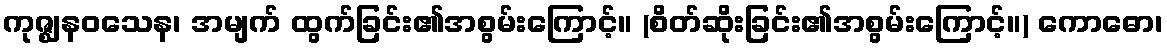
ကုဇ္ဈနဝသေန၊ အမျက် ထွက်ခြင်း၏အစွမ်းကြောင့်။ (စိတ်ဆိုးခြင်း၏အစွမ်းကြောင့်။) ကောဓော၊